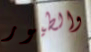
والطيور